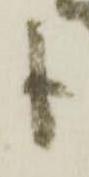
も